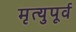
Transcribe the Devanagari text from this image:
मृत्युपूर्व